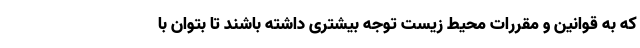
که به قوانین و مقررات محیط زیست توجه بیشتری داشته باشند تا بتوان با